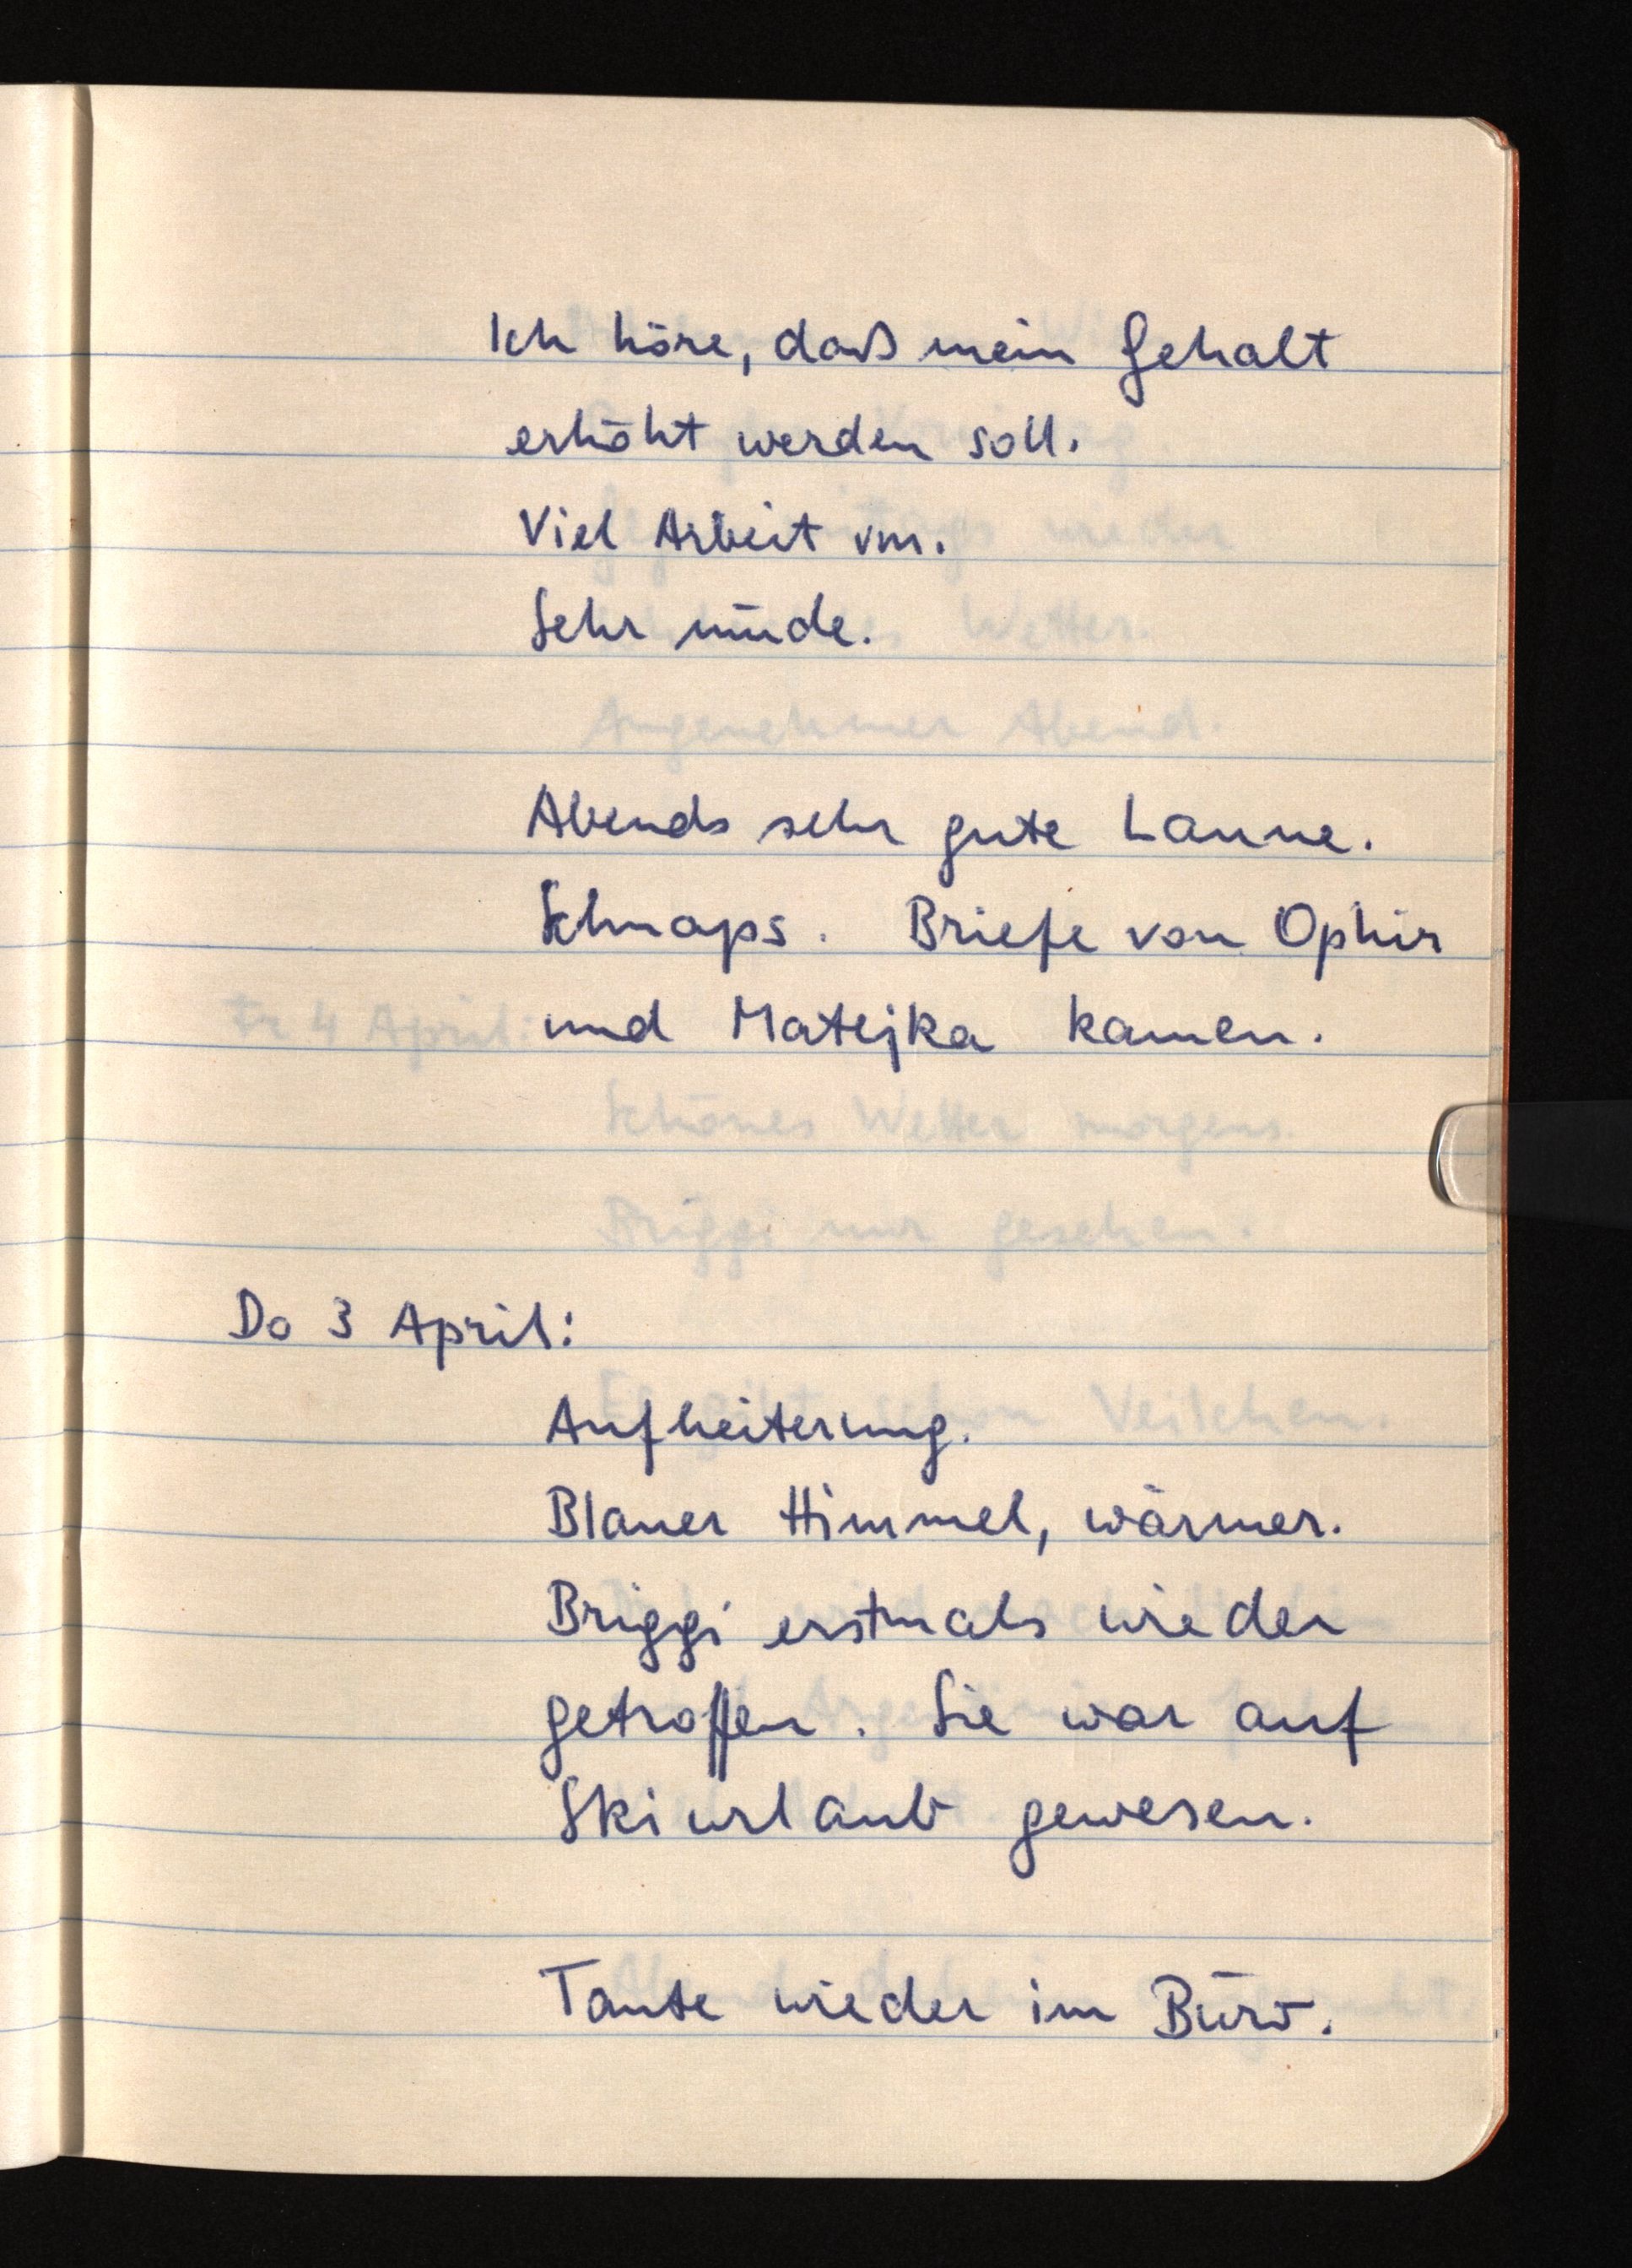
Ich höre, daß mein Gehalt
erhöht werden soll.
Viel Arbeit vm.
Sehr müde.
Abends sehr gute Laune.
Schnaps. Briefe von Ophir
und Matejka kamen.
Do 3 April:
Aufheiterung.
Blauer Himmel, wärmer.
Briggi erstmals wieder
getroffen. Sie war auf
Skiurlaub gewesen.
Tante wieder im Büro.